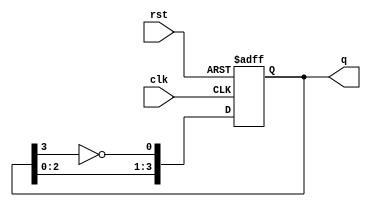
module johnson_counter (
    input wire clk,
    input wire rst,
    output wire [3:0] q
);

// Johnson counter with 4 flip-flops
reg [3:0] reg_q;

always @(posedge clk or posedge rst) begin
    if (rst) begin
        reg_q <= 4'b0000;
    end else begin
        reg_q <= {reg_q[2:0], ~reg_q[3]};
    end
end

assign q = reg_q;

endmodule